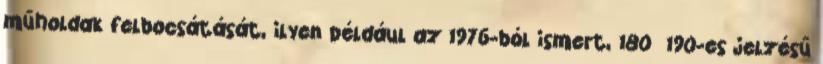
műholdak felbocsátását, ilyen például az 1976-ból ismert, 180 190-es jelzésű